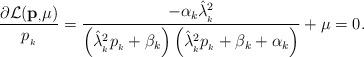
LaTeX: \begin{align*} \frac{\partial \mathcal{L}(\mathbf{p}_,\mu)}{p_{_k}}&=\frac{-\alpha_k\hat{\lambda}^{2}_{_k}}{\left(\hat{\lambda}^{2}_{_k}p_{_k} + \beta_k\right)\left(\hat{\lambda}^{2}_{_k}p_{_k} + \beta_k+\alpha_k\right)}+\mu=0. \end{align*}